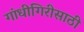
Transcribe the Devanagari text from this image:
गांधीगिरीसाठी